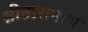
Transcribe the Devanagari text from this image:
श्रीतारानाथ